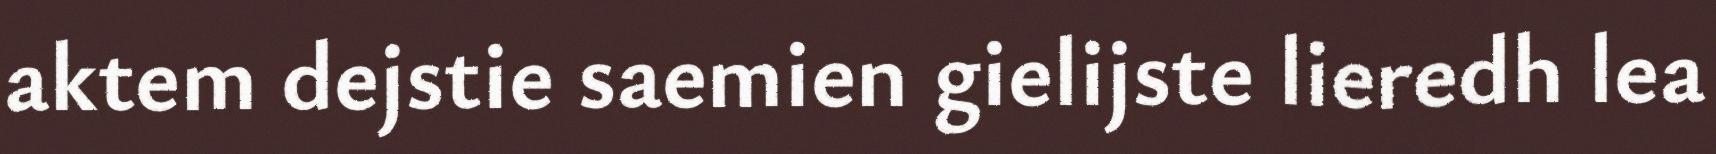
aktem dejstie saemien gielijste lieredh lea